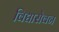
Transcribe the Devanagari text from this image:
विद्यासेवन